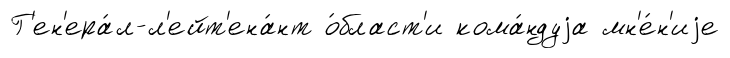
Г'ен'ера́л-л'ейт'ена́нт о́бласт'и кома́ндуjа мн'е́н'иjе